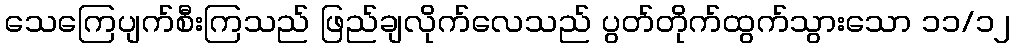
သေကြေပျက်စီးကြသည် ဖြည်ချလိုက်လေသည် ပွတ်တိုက်ထွက်သွားသော ၁၁/၁၂